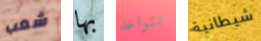
شعب بها نتواعد شيطانية